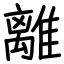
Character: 離